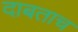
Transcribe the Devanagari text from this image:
दाबताच